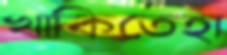
খাকিতেহা